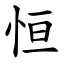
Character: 恒